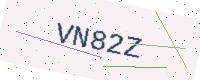
Text: VN82Z